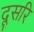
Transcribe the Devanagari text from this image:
दूसरि